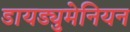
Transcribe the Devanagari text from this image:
डायड्युमेनियन